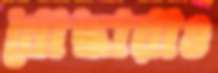
বোদ্ধারাও